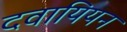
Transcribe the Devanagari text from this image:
दवायियन